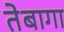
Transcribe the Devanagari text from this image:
तेबागा